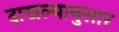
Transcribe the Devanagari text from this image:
दाखल्यानुसार